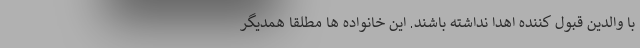
با والدین قبول کننده اهدا نداشته باشند. این خانواده ها مطلقا همدیگر